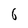
Character: 6